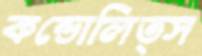
কন্ডোলিত্স